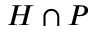
H \cap P